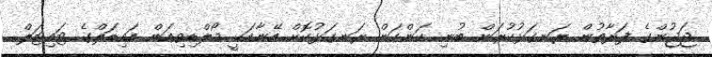
ޖަޖުންގެ ފަރާތުން ރަނގަޅުކުރަން ބުނި ކަންކަން ރަނގަޅުކޮށް އޭނާއަކީ މޯލްޑިވިއަން އައިޑަލްގެ ޓައިޓަލް